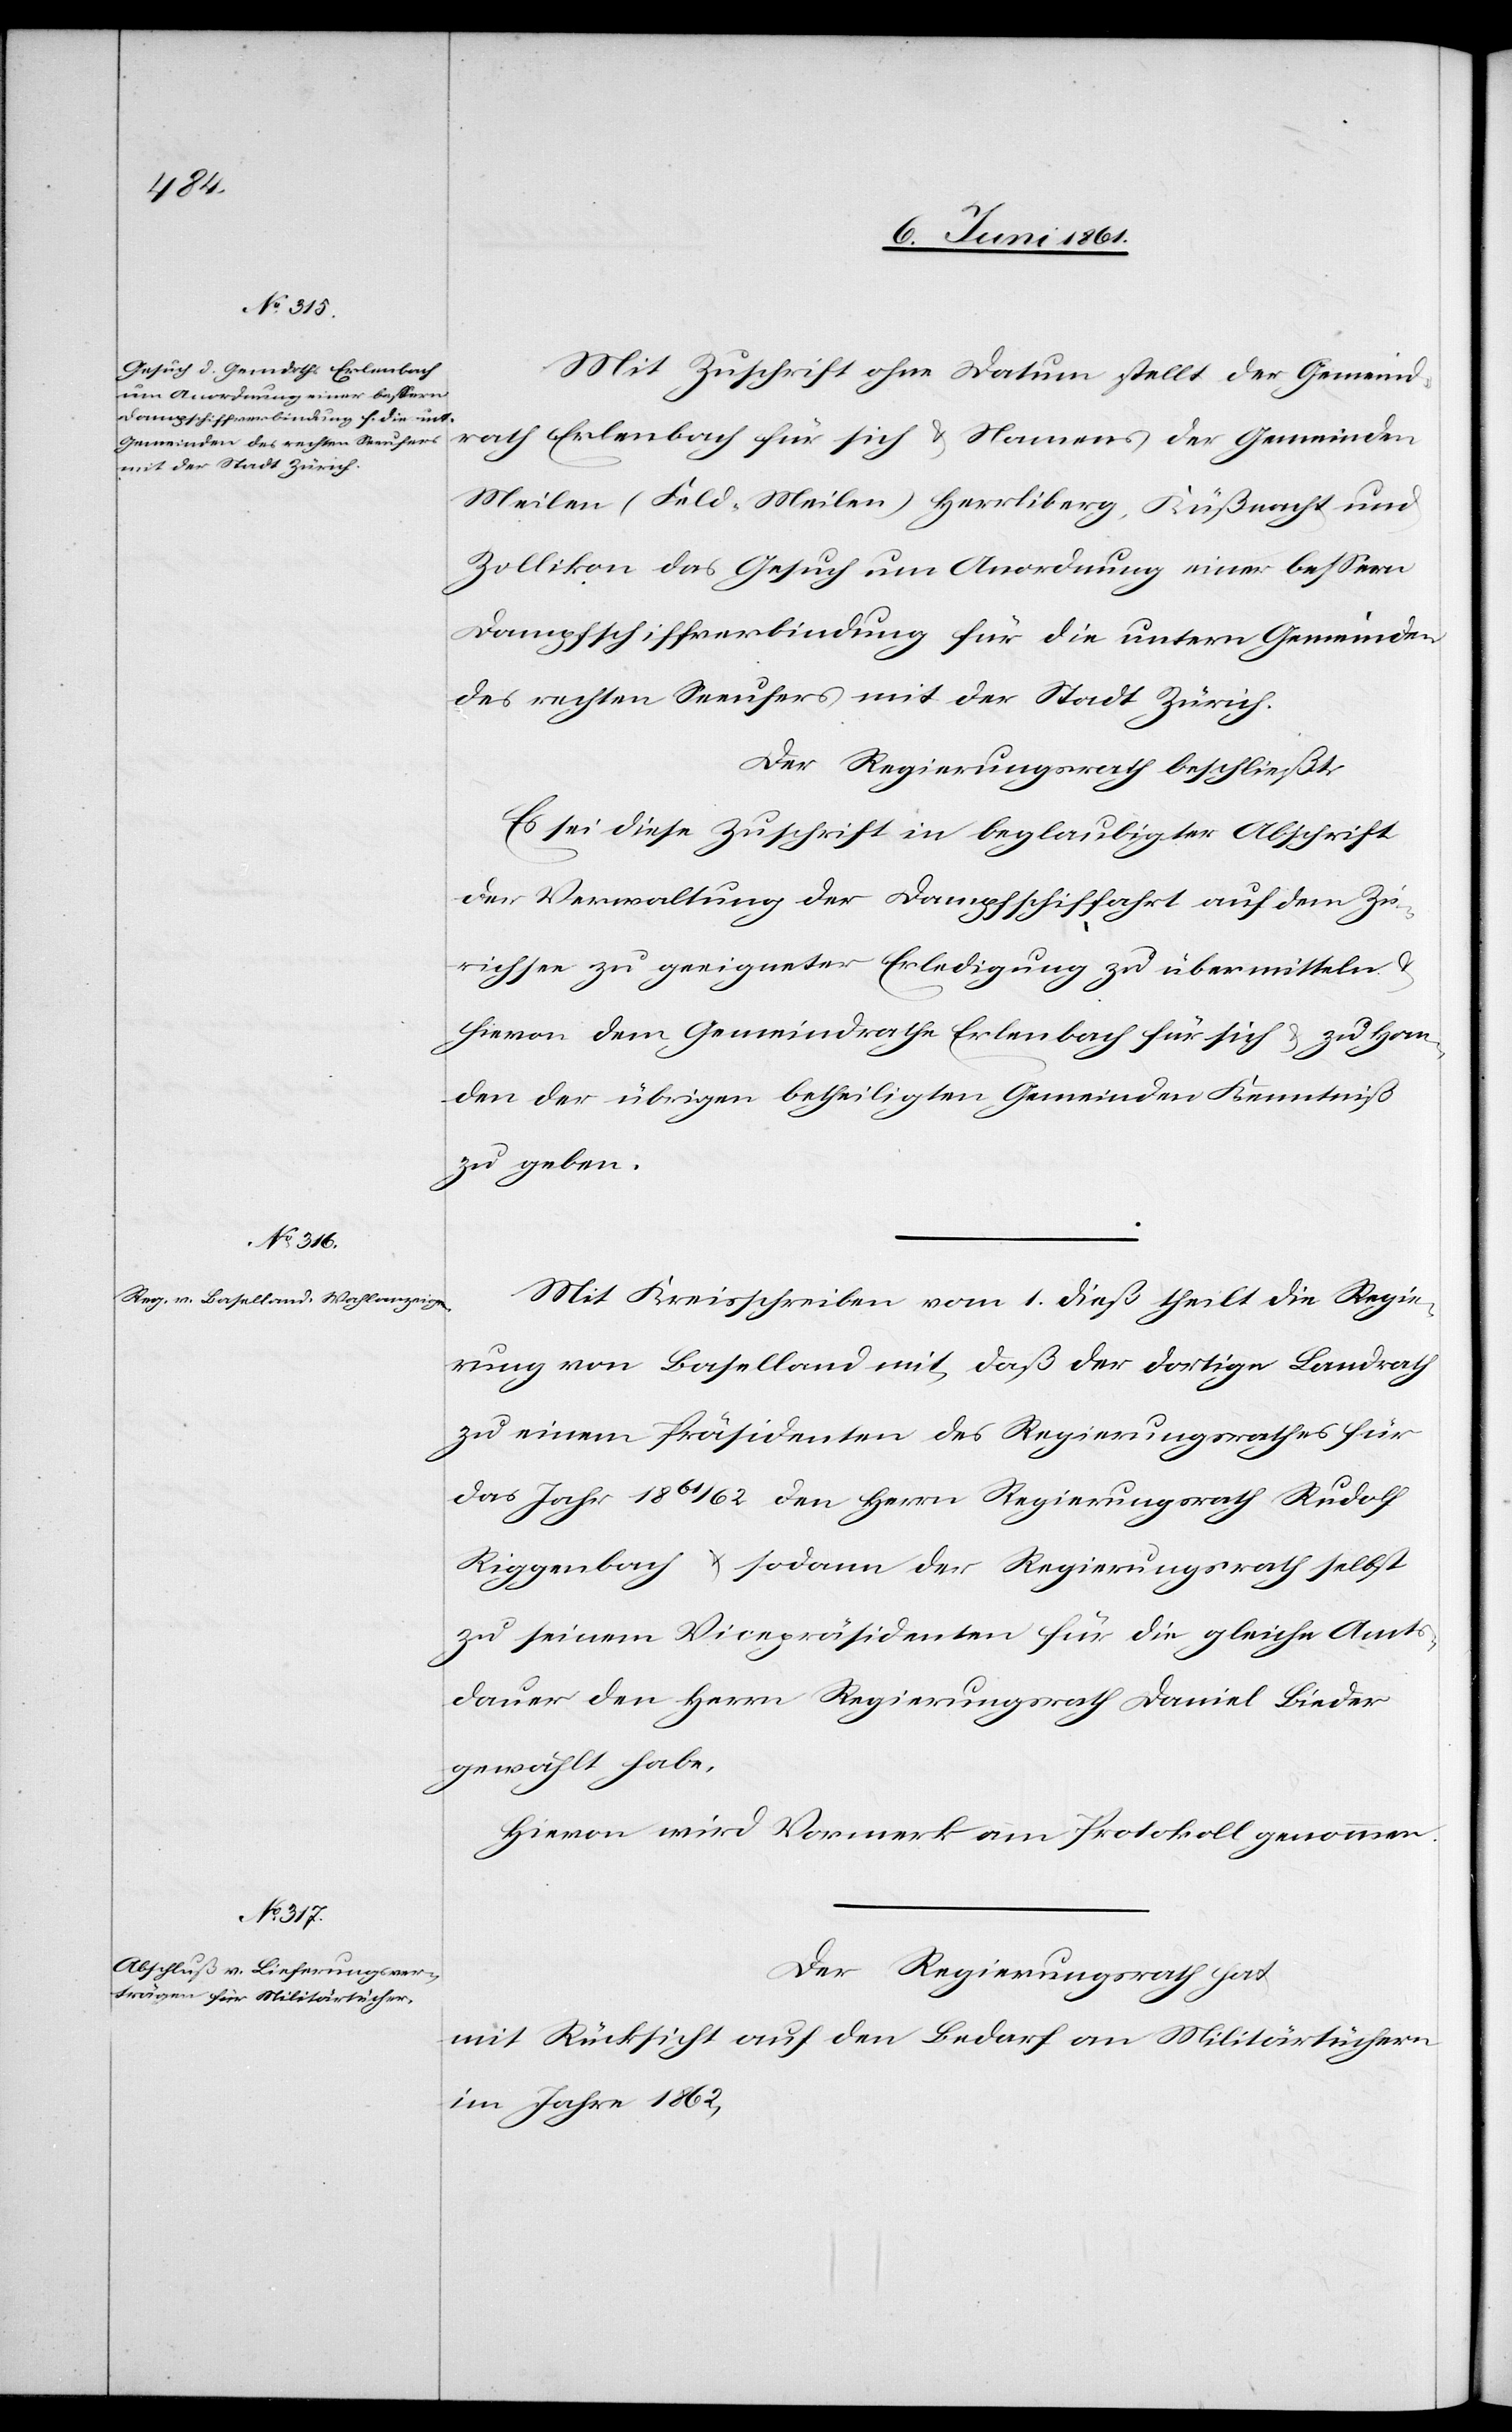
Mit Zuschrift ohne Datum stellt der Gemeind¬
rath Erlenbach für sich u. Namens der Gemeinden
Meilen (Feld-Meilen) Herrliberg, Küßnacht und
Zollikon das Gesuch um Anordnung einer bessern
Dampfschiffverbindung für die untern Gemeinden
des rechten Seeufers mit der Stadt Zürich.
Der Regierungsrath beschließt:
Es sei diese Zuschrift in beglaubigter Abschrift
der Verwaltung der Dampfschiffahrt auf dem Zü¬
richsee zu geeigneter Erledigung zu übermitteln u.
hievon dem Gemeindrathe Erlenbach für sich u. zu Han¬
den der übrigen betheiligten Gemeinden Kenntniß
zu geben.
Mit Kreisschreiben vom 1. dieß theilt die Regie¬
rung von Baselland mit, daß der dortige Landrath
zu einem Präsidenten des Regierungsrathes für
das Jahr 1861/62 den Herrn Regierungsrath Rudolf
Riggenbach u. sodann der Regierungsrath selbst
zu seinem Vicepräsidenten für die gleiche Amts¬
dauer den Herrn Regierungsrath Daniel Bieder
gewählt habe.
Hievon wird Vormerk am Protokoll genommen.
Der Regierungsrath hat
mit Rücksicht auf den Bedarf an Militärtüchern
im Jahre 1862,